Investigations on Bengal jail dietaries - Number 37
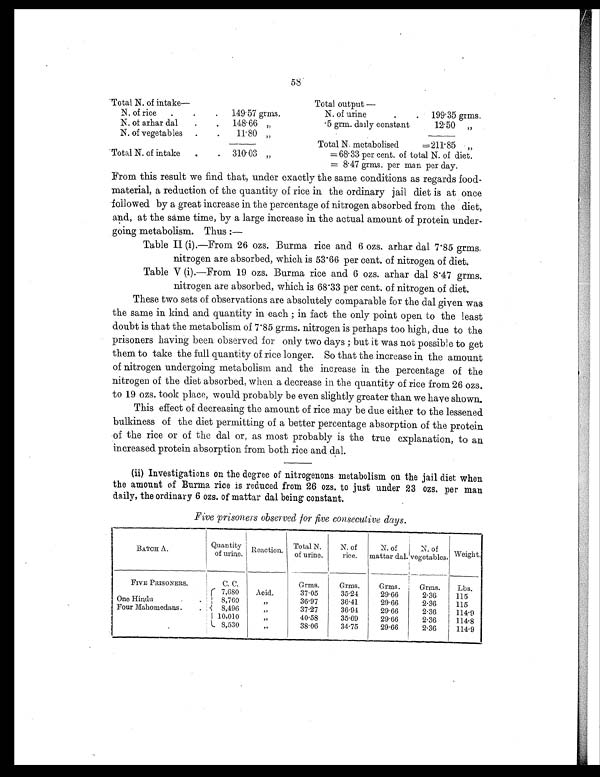
58
Total N. of intake—
Total output—
N. of rice
.
.
.
149.57 grms.
N. of urine
.
.
199.35 grms.
N. of arhar dal
.
.
148.66 „
.5 grm. daily constant
12.50 „
N. of vegetables
.
.
11.80 „
Total N. metabolised
=211.85
„
Total N. of intake
.
. 310.03 „
=68.33 per cent. of total N. of diet.
= 8.47 arms. per man per day.
From this result we find that, under exactly the same conditions as regards food-
material, a reduction of the quantity of rice in the ordinary jail diet is at once
followed by a great increase in the percentage of nitrogen absorbed from the diet,
and, at the same time, by a large increase in the actual amount of protein under-
going metabolism. Thus
: —
Table II (i).—From 26 ozs. Burma rice and 6 ozs. arhar dal 7.85 grms
. nitrogen are absorbed, which is 53.66 per cent. of nitrogen of diet.
Table V (i).—From 19 ozs. Burma rice and 6 ozs. arhar dal 8.47 grms.
nitrogen are absorbed, which is 68.33 per cent. of nitrogen of diet.
These two sets of observations are absolutely comparable for the dal given was
the same in kind and quantity in each ; in fact the only point open to the least
doubt is that the metabolism of 7.85 grms. nitrogen is perhaps too high, due to the
prisoners having been observed for only two days ; but it was not possible to get
them to take the full quantity of rice longer. So that the increase in the amount
of nitrogen undergoing metabolism and the increase in the percentage of the
nitrogen of the diet absorbed, when a decrease in the quantity of rice from 26 ozs.
to 19 ozs. took place, would probably be even slightly greater than we have shown.
This effect of decreasing the amount of rice may be due either to the lessened
bulkiness of the diet permitting of a better percentage absorption of the protein
of the rice or of the dal or, as most probably is the true explanation, to an
increased protein absorption from both rice and dal.
(ii) Investigations on the degree of nitrogenons metabolism on the jail diet when
the amount of Burma rice is reduced from 26 ozs. to just under 23 ozs. per man
daily, the ordinary 6 ozs. of mattar dal being constant.
Five prisoners observed for five consecutive days.
BATCH A.
Quantity
of urine. Reaction. Total N.
of urine.
N. of
rice.
N. of
mattar dal.
N. of
vegetables. Weight.
FIVE PRISONERS.
C. C.
Grms.
Grms.
Grms.
Grms.
Lbs.
7,680
Acid.
37.05
35.24
29.66
2.36
115
One Hindu
. .
8,760
„
36.97
36.41
29.66
2.36
115
Four Mahomedans .
.
8,496
„
37.27
36.94
29.66
2.36
114.9
10,010
„
40.58
35.69
29.66
2.36
114.8
8,530
„
38.06
34.75
29.66
2.36
114.9